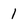
Character: 1